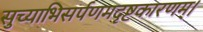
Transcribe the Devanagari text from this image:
सुच्याभिसर्पणमदृष्टकारणम्।